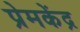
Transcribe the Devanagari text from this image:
प्रेमकेंद्र